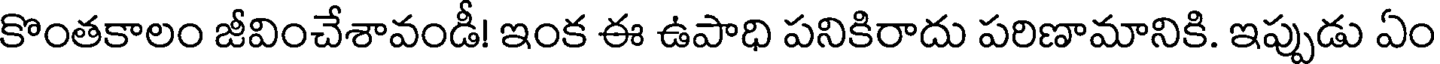
కొంతకాలం జీవించేశావండీ! ఇంక ఈ ఉపాధి పనికిరాదు పరిణామానికి. ఇప్పుడు ఏం